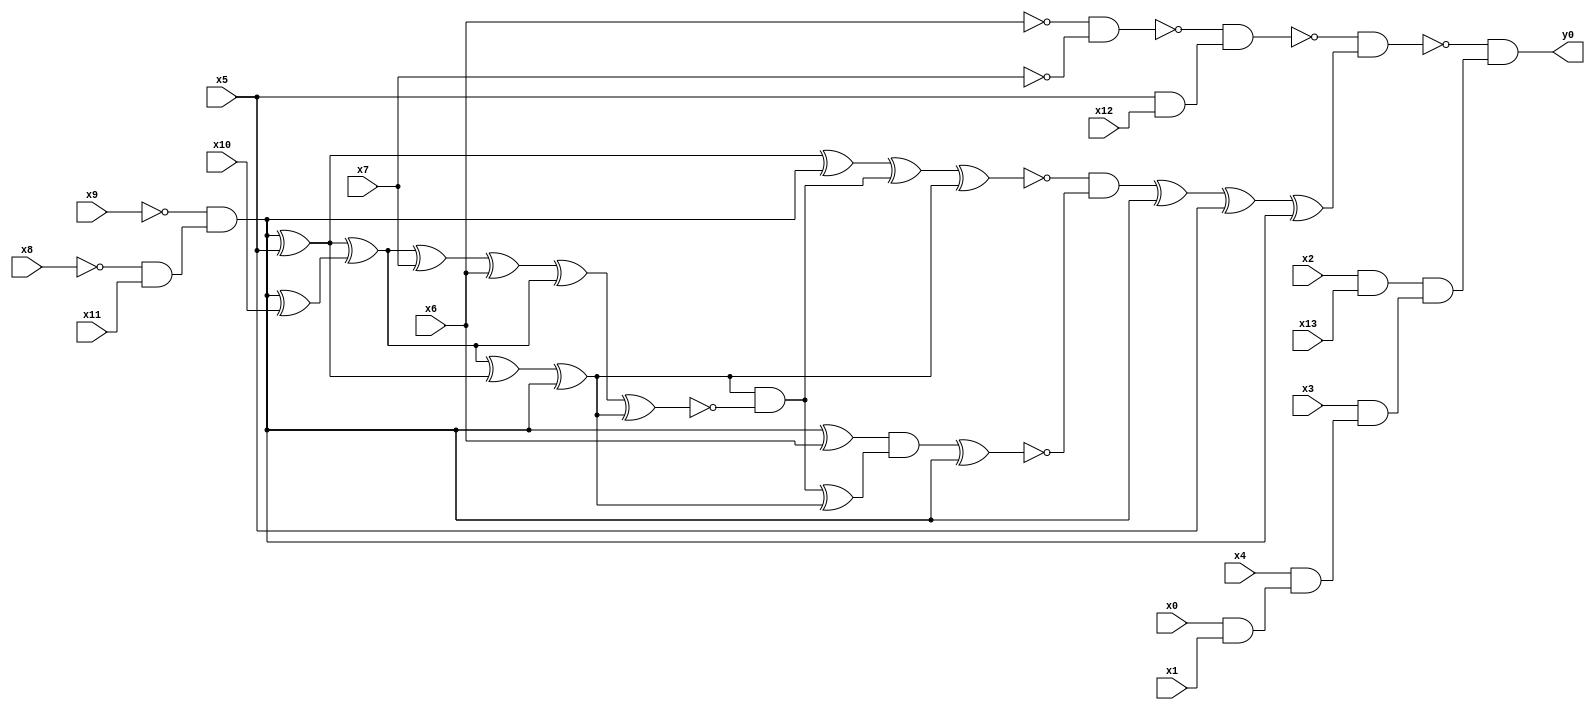
module top( x0 , x1 , x2 , x3 , x4 , x5 , x6 , x7 , x8 , x9 , x10 , x11 , x12 , x13 , y0 );
  input x0 , x1 , x2 , x3 , x4 , x5 , x6 , x7 , x8 , x9 , x10 , x11 , x12 , x13 ;
  output y0 ;
  wire n15 , n16 , n17 , n18 , n19 , n20 , n21 , n22 , n23 , n24 , n25 , n26 , n27 , n28 , n29 , n30 , n31 , n32 , n33 , n34 , n35 , n36 , n37 , n38 , n39 , n40 , n41 , n42 , n43 , n44 , n45 , n46 , n47 ;
  assign n15 = ~x6 & ~x7 ;
  assign n16 = x5 & x12 ;
  assign n17 = ~n15 & n16 ;
  assign n18 = ~x8 & x11 ;
  assign n19 = ~x9 & n18 ;
  assign n21 = n19 ^ x5 ;
  assign n30 = n21 ^ n19 ;
  assign n20 = n19 ^ x10 ;
  assign n22 = n21 ^ n20 ;
  assign n23 = n22 ^ n21 ;
  assign n24 = n23 ^ n19 ;
  assign n25 = n22 ^ x7 ;
  assign n26 = n25 ^ x6 ;
  assign n27 = n26 ^ n22 ;
  assign n28 = n27 ^ n24 ;
  assign n29 = n24 & ~n28 ;
  assign n31 = n30 ^ n29 ;
  assign n32 = n31 ^ n24 ;
  assign n33 = n19 ^ x6 ;
  assign n34 = n29 ^ n24 ;
  assign n35 = n33 & n34 ;
  assign n36 = n35 ^ n19 ;
  assign n37 = ~n32 & ~n36 ;
  assign n38 = n37 ^ n19 ;
  assign n39 = n38 ^ x5 ;
  assign n40 = n39 ^ n19 ;
  assign n41 = ~n17 & n40 ;
  assign n42 = x2 & x13 ;
  assign n43 = x0 & x1 ;
  assign n44 = x4 & n43 ;
  assign n45 = x3 & n44 ;
  assign n46 = n42 & n45 ;
  assign n47 = ~n41 & n46 ;
  assign y0 = n47 ;
endmodule